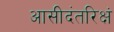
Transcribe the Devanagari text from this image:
आसीदंतरिक्षं